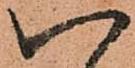
八